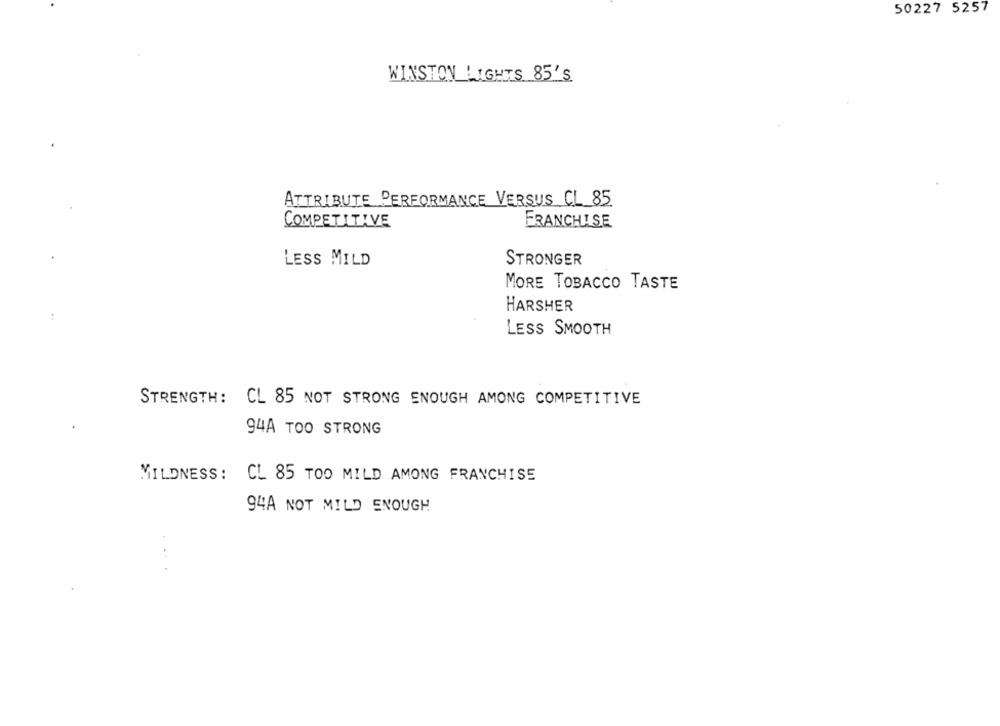
50227 5257
WINSTON LIGHTS 85'S
ATTRIBUTE PERFORMANCE VERSUS CL_85
COMPETITIVE
FRANCHISE
STRONGER
LESS MILD
MORE TOBACCO TASTE
HARSHER
LESS SMOOTH
STRENGTH: CL 85 NOT STRONG ENOUGH AMONG COMPETITIVE
94A TOO STRONG
MILDNESS: CL 85 TOO MILD AMONG FRANCHISE
94A NOT MILD ENOUGH